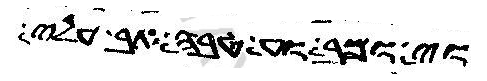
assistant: ולאחיו וזעף בה אביו